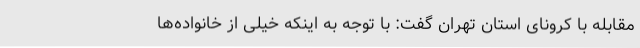
مقابله با کرونای استان تهران گفت: با توجه به اینکه خیلی از خانواده‌ها